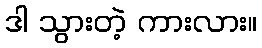
ဒါ သွားတဲ့ ကားလား။